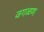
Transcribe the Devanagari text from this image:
वगळण